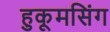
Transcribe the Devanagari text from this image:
हुकूमसिंग